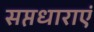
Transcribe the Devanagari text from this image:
सप्तधाराएं